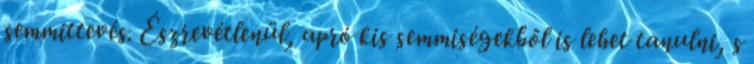
semmittevés. Észrevétlenül, apró kis semmiségekből is lehet tanulni, s